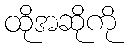
ထိုအဆိုကို